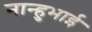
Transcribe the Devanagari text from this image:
नान्हुभाई